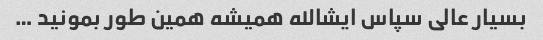
بسیار عالی سپاس ایشالله همیشه همین طور بمونید …